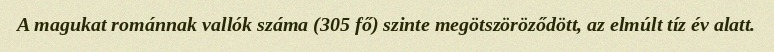
A magukat románnak vallók száma (305 fő) szinte megötszöröződött, az elmúlt tíz év alatt.